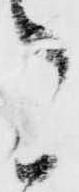
こ